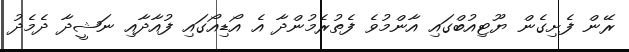
ރޭން ފެށިގެން ޔޫޓިއުބްގައި އާންމުވެ ފެތުރެމުންދާ އެ އޯޑިއޯގައި ފުއާދާއި ނަޝީދާ ދެމެދު